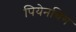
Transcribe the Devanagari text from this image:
पियेनचिंग